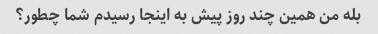
بله من همین چند روز پیش به اینجا رسیدم شما چطور؟